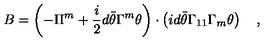
B = \left( - \Pi ^ { m } + \frac i 2 d \bar { \theta } \Gamma ^ { m } \theta \right) \cdot \left( i d \bar { \theta } \Gamma _ { 1 1 } \Gamma _ { m } \theta \right) \quad ,